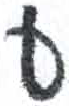
אות: ע